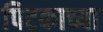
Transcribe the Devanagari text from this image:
पिटकाच्या